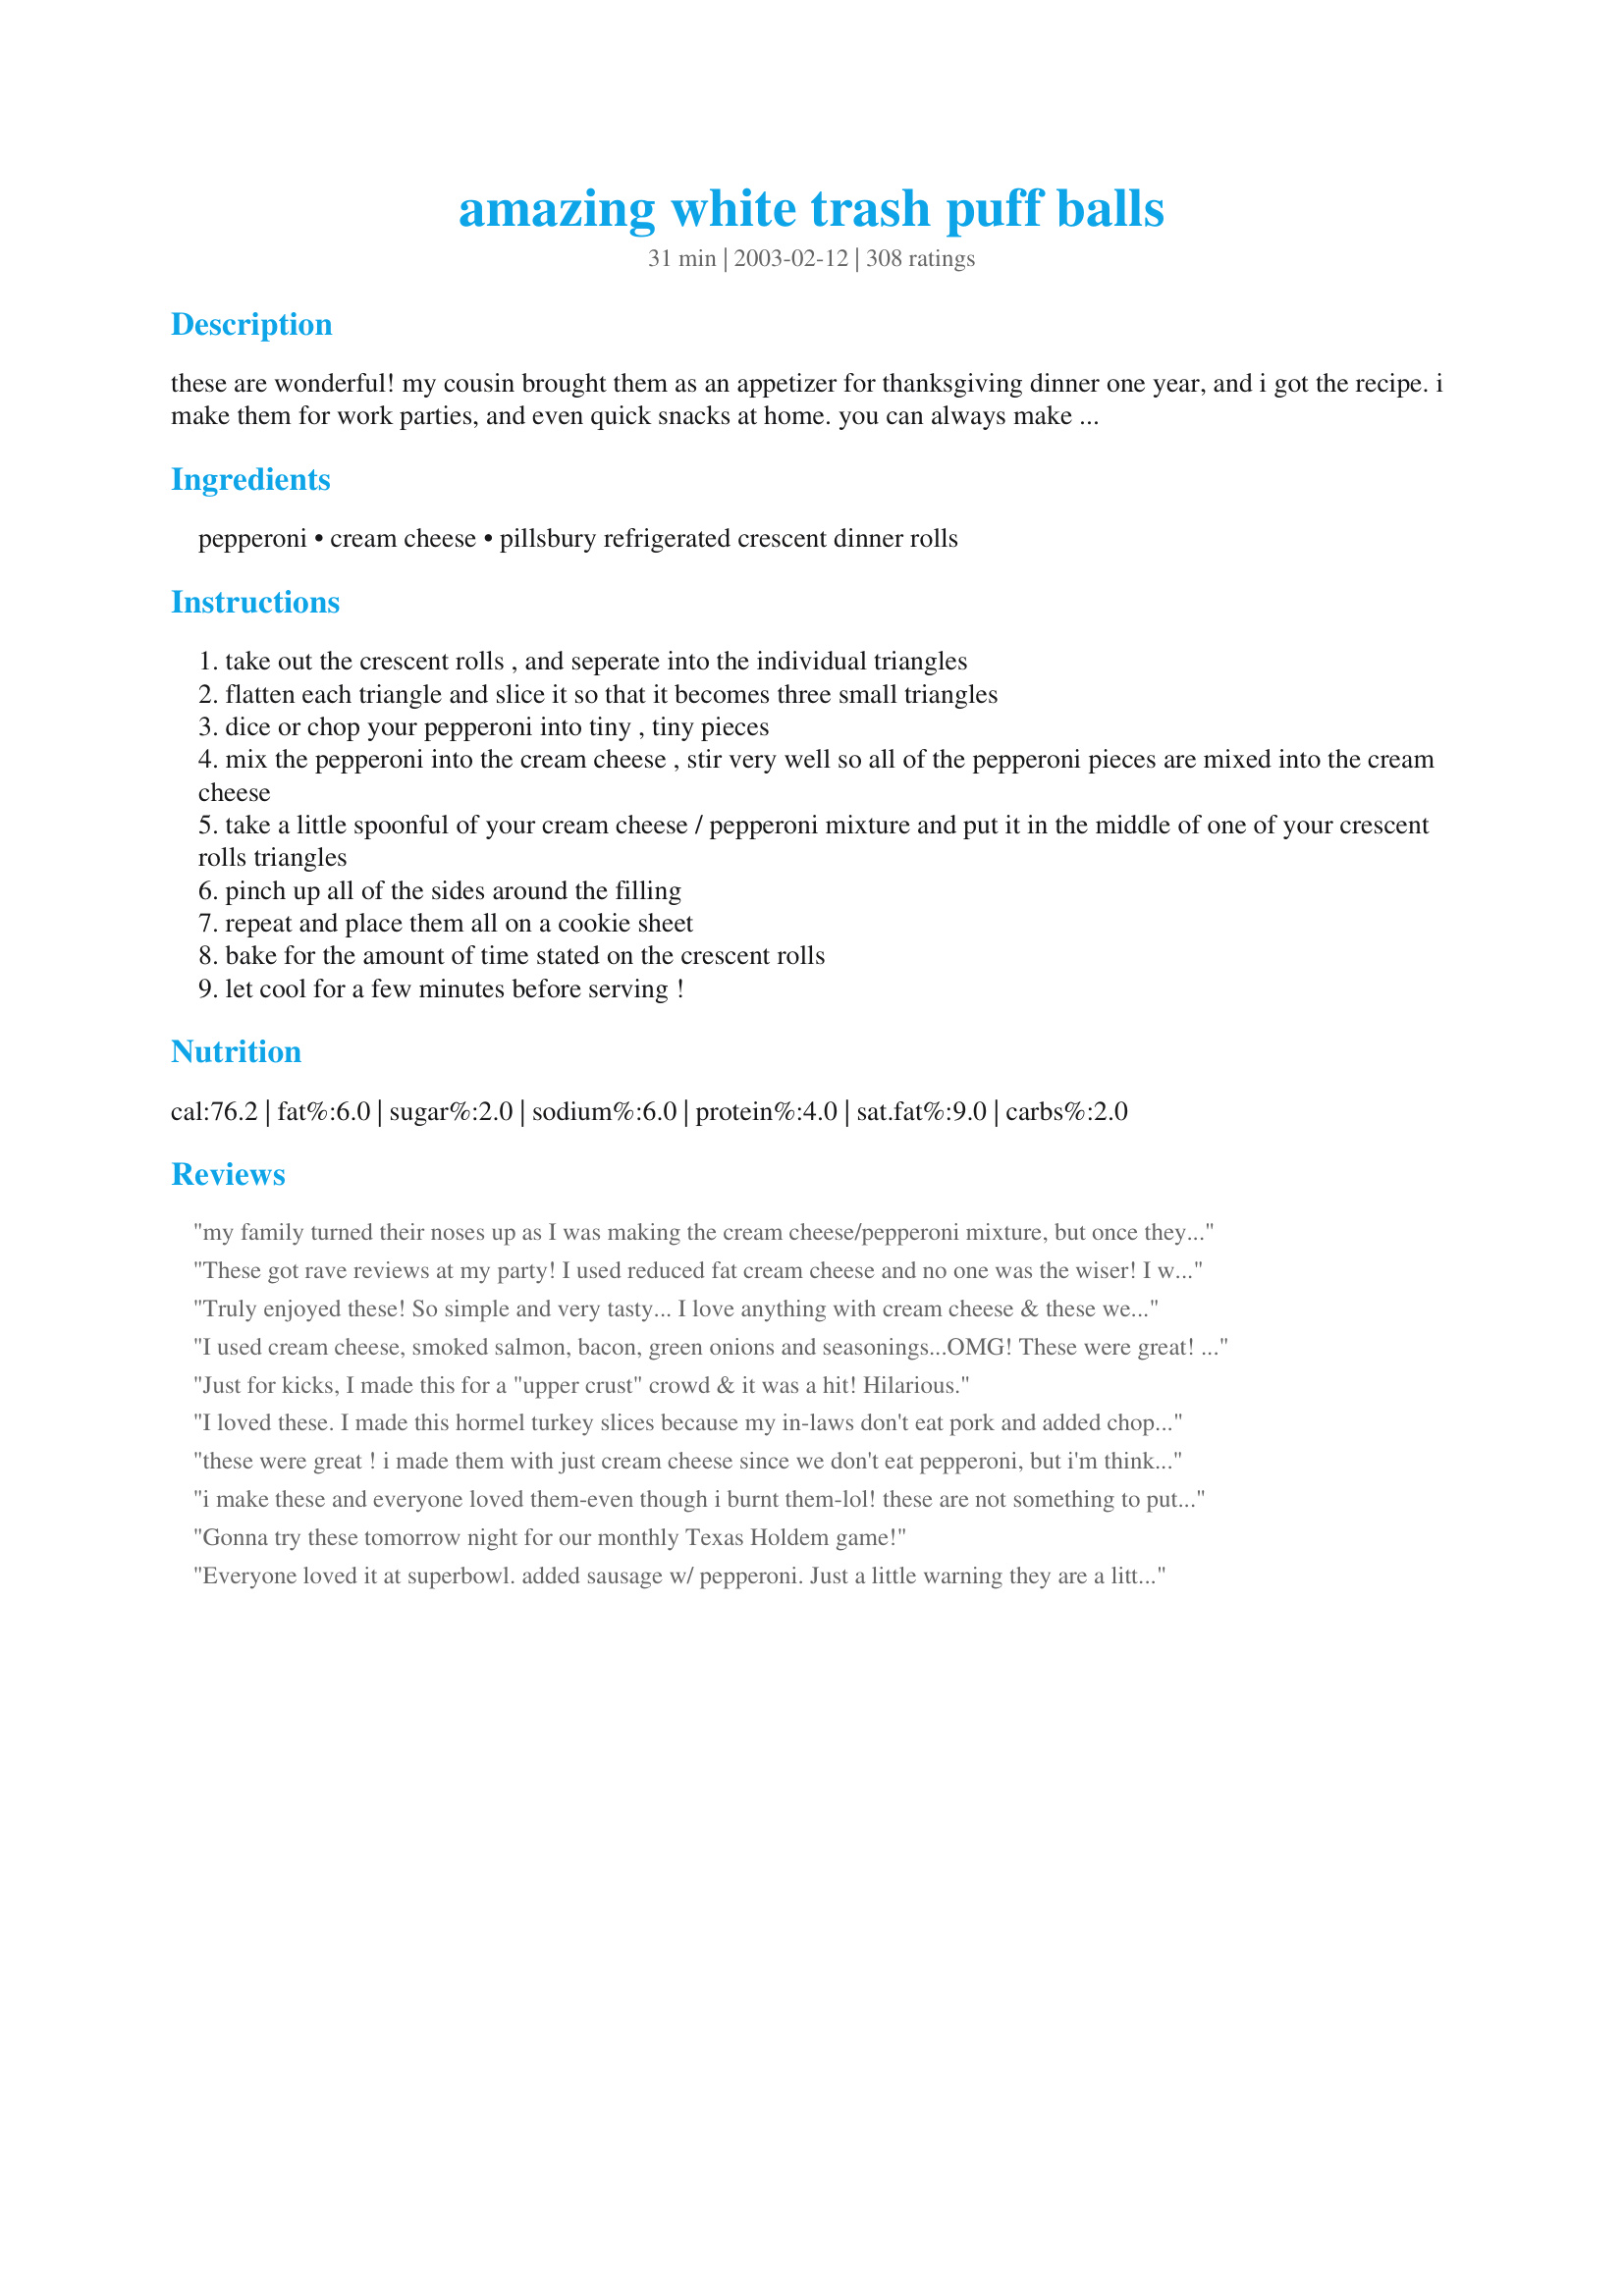
amazing white trash puff balls
Preparation time: 31 minutes

these are wonderful! my cousin brought them as an appetizer for thanksgiving dinner one year, and i got the recipe. i make them for work parties, and even quick snacks at home. you can always make more or less by using more or less cream cheese and crescent rolls! trust me, these are excellent!

Ingredients:
pepperoni, cream cheese, pillsbury refrigerated crescent dinner rolls

Steps:
take out the crescent rolls , and seperate into the individual triangles
flatten each triangle and slice it so that it becomes three small triangles
dice or chop your pepperoni into tiny , tiny pieces
mix the pepperoni into the cream cheese , stir very well so all of the pepperoni pieces are mixed into the cream cheese
take a little spoonful of your cream cheese / pepperoni mixture and put it in the middle of one of your crescent rolls triangles
pinch up all of the sides around the filling
repeat and place them all on a cookie sheet
bake for the amount of time stated on the crescent rolls
let cool for a few minutes before serving !

Reviews:
my family turned their noses up as I was making the cream cheese/pepperoni mixture, but once they came out of the oven, everyone loved them. Quick, easy and you can make them ahead of time.
These got rave reviews at my party! I used reduced fat cream cheese and no one was the wiser! I will say that they were a bit of a pain to put together (pretty time consuming) and I am not that patient so I didn&#039;t take enough time to make them pretty. But I would definitely make these again!
Truly enjoyed these! So simple and very tasty... I love anything with cream cheese & these were the best! I've made these a few times and they are always a big hit!
I used cream cheese, smoked salmon, bacon, green onions and seasonings...OMG! These were great! It&#039;s the perfect recipe to adapt to so many cuisines. Now I&#039;m thinking... Chinese bar-b-que pork, a dash of hoisin sauce, green onions might be my next try.
Just for kicks, I made this for a "upper crust" crowd & it was a hit! Hilarious.
I loved these. I made this hormel turkey slices because my in-laws don't eat pork and added chopped green onions, 1 green chili pepper, and minced garlic. They turned out really good. MAke sure and put alot of cream cheese in the dough and then stretch the dough around the cream cheese to get maximum flavor.
these were great ! i made them with just cream cheese since we don't eat pepperoni, but i'm thinking that next time i'm going to make them with crab rangoon stuffing instead and serve them with general tso's chicken's sauce ! yum...
i make these and everyone loved them-even though i burnt them-lol! these are not something to put in the oven while trying to get ready for a party-but the flavor is great!
Gonna try these tomorrow night for our monthly Texas Holdem game!
Everyone loved it at superbowl. added sausage w/ pepperoni. Just a little warning they are a little bit of a pain to make and once you make them you will be requested to make them every get together.
I made these for a "Wii" party. Fantastic!!! I made two different batches. One with the pepperoni and ther other with canadian bacon and pineapple. There was nothing left at the end of the night. I love them. You just can't eat one!! Thank you for sharing this recipe.
An excellent way to inadvertently eat a whole package of cream cheese. Addictive!
Outstanding finger food!My 3 grandsons and the grown kids were tempted to make these the complete meal! This will become a regular.
I liked these a lot! I used light cream cheese and they were delicious.
These were very good and definitely a good, easy party treat. I thought that they might have been a bit better with the addition of a bit of mozz instead of only the cream cheese. They seemed a tiny bit bland, but were very good still when dipped in marinara. The slight dry creaminess of the cream cheese reminded me a lot of ricotta. It could just be that I'm not a ricotta fan.
We liked it, but it seemed to miss something-- green onion or garlic perhaps? It is a good starting point and a possibility for a crab rangoon type of thing with a tweak of ingredients.
Absolutely awesome! I added some italian seasoning and garlic sauce. A huge hit -- thank you!!
Absolutely delicious!!!!!!! One of the best appetizers I've ever had.
This was a hit at my party!

I rolled them into balls instead of pinching the sides. I also made these the night before and popped them in the oven 10 minutes before the party started. Great recipe! this is a keeper!
I can't believe I haven't reviewed these yet. They are mind-numbingly easy to make and so yummy. I was making them at my annual beach trip with friends and one of the guys walked in and exclaimed, "Wait...you make those BY HAND?!?! I'm impressed!!" Apparently, he finds them to be so delicious that he thought I bought them in the freezer section. I've learned a couple things during the 10 times I've made these since finding this recipe: 1. Use a food processor to chop the pepperoni, it's so much easier. 2. You can actually cut the crescent triangles into fourths instead of thirds and get more pepperoni balls.<br/>Thanks so much for posting this recipe!!
Everyone loved. Easy and no effort. What a great combo!
These are awesome!!!! I made them for a party and they were gone within minutes. Everyone who has tried them has asked me for the recipe. The problem is once you start eating them you can't stop!
So easy and an instant hit when brought to a potluck today. I can't wait to try them with different ingredients to mix into the cream cheese. Excited to make them again for Superbowl Sunday.
OMG!!!!!!!!! These are crazy good! The bad part, and there is one, is that I may need to make another batch! I cannot stop picking on these. They are so easy to put together and let me tell anyone who is unsure, TRY THEM! This is a super duper winner in my book! Thank you Chef.<br/>UPDATE: Used this recipe again as it was requested by the family. However, did not have pepperoni on hand at brother's house so used ground Italian sausage, browned it up, let cool, break into very tiny pieces, and followed remainder of directions to a T. HELLO!!!!!!!!!! These are fabulous and now are requested as well. So 2 double batches to make this Christmas as Nephew (6'4"0 wants his own plate to take away. LOL
These were YUMMY! I rolled mine into small balls so that they were easier to pop in my mouth. I will definately be trying this again with different ingredients.
Update: I have made these twice for baby showers. Everything just disappears and the ladies can't believe how easy they are to make. Thanks again!
These are SO good! I usually double the recipe because they go so fast.
This will be a staple at all of our gatherings from now on..very easy and tasty...
I took the advice and made these according to the recipe adding some Italian spice & garlic powder. The kids really enjoyed them, but the adults thought they were just OK. I would probably make them again for a kid's sleepover, or perhaps fill them with ham and velveda as someone had suggested. They were very easy to make! Thanks for sharing.
I've taken them to Christmas parties, tailgating and when kid sitting...good all around!
I cannot wait to try these. I think that I am going to take a hint from Jaylee and instead of making triangles I will roll the crescent dough out all together into a rectangle and cut out rounds for muffin cups. Those are sooo cute. As a caterer, the presentation will be a huge hit before the first one leaves the platter. I am also thinking already of variations. bacon & scallions, any shellfish, sauted mushrooms & onions (drained & patted dry) with swiss, what fun, Thank you Ashley!!
I made these for the first time, brought them to a friends house and were devoured in minutes, my friend's husband said to make more next time.<br/>Its a fun and tasty recipe.
These are so easy to make! I actually made them "pinwheel" style because I was making another appetizer that way- they turned out very nicely and were a huge hit with everyone. I'm sure I'll be making them a lot! Thanks Ashley!
Like a few others, I followed the recipe exactly, and thought they could use some pizza sauce to dip them in. I took them for an office party and they went fast even without the dip. For a quick and little effort appetizer this gets a 10!
Definitely a hit with all the ones I made it for. Several times it was mentioned that these tasted really good! Suggestion with the Crescent Rolls though. I tried both kinds and the flaky kind seem to do better and come off the pan easier.
wasn't a favorite for me or the crowd I served them too. The pepperoni tasted too strong.
my 9 year old daughter helped me make these. They were wonderful. I would make these again and again and again. These would be great with her sleep overs with her friends. Thanks for the recipie.
super amazing! Everyone raved and they disappeared quickly. I brought them to a baby shower and will be making them again tomorrow for a church picnic because they are so easy and yummy!
made to bring to my moms on thanksgiving and they were a hit. everyone loved them and they were gone fast. they were so quick and easy to make. i will definatley be making them again.
My family loves these. Every family functions I am asked to make them. For Thanksgiving this year, I made the insides up a few days before Thanksgiving and did the baking right before we put the appetizers out.
These are pretty good. I made a variation on the bacon-wrapped jalapeno idea, and filled mine with 10 pieces of crumbled bacon, about 3 oz (from 4 oz can) diced jalapenos, and I used neufchatel cheese (low-fat cream cheese). I couldn't find the crescent roll tube size called for, but I got 48 (exactly, using all my filling) from two 8 oz crescent roll tubes, and I cut the rolls into 3 pieces each. This probably took me about the same amount of time as the bacon-wrapped jalapenos (although it was much cleaner), and it was nice to try a different variation of those. I can see using this idea with many other fillings too. Personally, I thought the bread part overpowered the filling part, but people at the party seemed to like them. Robust-tasting filling ingredients would work really good in this recipe, I think. Thanks for the idea.
This recipe was as good as others reviewed. It is a bit time consuming (cutting the cresent rolls into triangles and rolling them up), but the recipe turned out well and was very popular at our Super Bowl party. The recipe did not state exactly what size package of pepperoni to use--I used about 1/2 to 2/3 of an 8 oz. package, and this seemed to work well. As others have stated in their reviews, this recipe lends itself well to personal preferences and adaptations. It is a recipe I will make again for future events.
I was looking forward to trying these considering the 4 1/2+ stars over 243 ratings. I made half of the batch and it was all eaten, but the family and a friend only thought they were "okay". You couldn't taste the cream cheese, just the pepperoni. We also thought the "dough" should have been something more akin to pizza crust or a savory bread. I doubt if I'll waste the remaining tube of crescent rolls in order to use up the filling.
Awesome. Made these for a friend's baby shower and they were the first to go. I had several requests for the recipe. Too easy to prepare!
I made a half batch to use up some stuff I had in the house, and part of the cream cheese was chive flavored. So easy! Every one was devoured the night I made them (we had a huge spread for just the 4 of us, so this was the *only* item that was finished) and have gotten numerous requests since.
My husband and I did not care for these at all, sorry.
What caught me was the name, I had to know what they were. I was attending a Superbowl party at the home of my husband's co-worker. I needed something easy, that I knew the guys would like. I used Onion and Chive cream cheese, and made one batch with pepperoni and one with ham. They were FABULOUS!!! Mine was the only empty tray on the table!!! Thanks for this one, I will definately use it again!!!
They are very easy and my family loved them! Great finger food! I thought they were a tad bit bland but everyone else loved them! I will keep and make again! Thanks for sharing! :)
My niece really enjoyed these- I have been experimenting with recipezaar. Your appetizer is on top- I can see why: 1.) easy, 2.) tasty, 3.) the title! Great work.
These were pretty good but I agree with SweetJane...they need a dipping sauce.
Hubby gives these 3.5 stars, so we'll round up to 4. :) Easy to add the fillings you prefer. Not an "impressive" dish, but easy to make and a big hit with the kids. What more could you want?
Didn't want to beleive it-but totally true!!! These are so good....but beware, super easy to pop about 25 into your mouth!!!
These are really the ultimate blank canvas for appetizers. I used the garlic butter flavored cresent rolls and stirred in some shredded parm to the cheese mix. They were a big hit, the whole time I stuffing them in my face I was thinking of other stuffing add ins that would be good! (chopped bacon, green onions, cheddar, horseradish...
A party favorite and easy to make!
This was pretty good. A little worried when I was making them but they disappeared quick so I will make them again. Thank you!
I love this recipe! I made them twice this weekend for two different parties. Everyone gobbled them up. Thanks!!
easy and delicious! May try other combinations such as cheddar cheese and jalapenos or cream cheese with ham and green onion.
I brought these to a Super Bowl party and everybody loved them. I added chopped green onion to the cream cheese mixtureâ€¦ YUMM! It was a little tricky making the balls, but well worth it.
WOWOWOWOWOWOW!!!! These are phenomenal! I was skeptic at first, but these are soooooooooo good! I am taking these to a camping trip this weekend. I would definitely add some green onion next time - and trust me, there will be MANY more next times! These are a KEEPER! Thanks for posting!!
I thought these were really good. I added some italian seasoning and some garlic to the mix. They were really yummy. I am bringing these for a pre-Easter dinner snack. Yummy!!
I used my food processor for the pepperoni and I also added in some diced green onion, garlic powder and italian seasoning. I had a side of marinara sauce for dipping. I made this for my husband's birthday cookout and they were gone before I had a chance to try them! I will definitely be making again :) EVERYONE was talking about how good they were. Thanks for the EASY recipe!
These are GREAT! I made them for Super Bowl - 
I added chopped black olives and garlic powder to the pepperoni and cream cheese (which made it extra good)
Even my 2 yr old liked them.
Great appetizer, everyone loved them. The only app that was completely gone!!!! Everyone asked for the recipe and they loved how easy it was. I followed the recipe and they were fantastic. I did roll them into little balls because I found that easier. Ashley, thank you so much for posting this.
I have made these multiple times now with vegan pepperoni and garlic powder! I love it :)
Very flavorful and quite easy to assemble. Thanks for posting Ashley.
These are so addicting and so tasty! Everyone loved them and kept asing what was in them. We all got a kick out of the name too. Thanks for this quick and easy treat!
This dumb yum is my new favorite yum yum.
These were a hit! thank you!
These are so great for potluck. I also do a version with bacon and the chive&herb cream cheese!
These are excellent but they don't last long! Made them for my mom to take to a church dinner, they were gone by the time she had her turn in line. Tried them once with some finely chopped leftover ham, real good but the pepperoni adds the little "kick" that makes them even better. I will make these repeatedly!!
Very good, served to the family and they all loved them. I think next time I may even dip in ranch. Yum. Thanks.
I made these last night for a euchre party and they were a hit. I love how easy and quick they were to make. Thanks!
I made this exactly to the recipe. Excellent! The mini chopper worked perfectly on the pepperoni. Next time I'm going to play with the filling ingredients. I served them with spaghetti sauce for dipping and it was great! Thanks!

I am going to a party tomorrow and didn't want to show up empty-handed, so I made a "test" batch of these for myself last night. Needless to say, they disappeared in no time flat! The only change I made was to use a stick of pepperoni instead of slices, and dice it into tiny squares. A real keeper; I can't wait to see how my friends like them!
This was fabulous. We added some garlic powder and a little italian seasoning. I can't wait to try it with leftovers from the next pizza night. I made some of them a little bigger and they turned out great too.
Great appetizer. Very tasty and easy. I filled them with cream cheese, green onion and a bit of horseradish. Before baking, I sprinkle a bit more black pepper on top. Another time I used Cranberry/blue cheese. Another time sun dried tomatoes/parmesan.
Yum! I used the new mini-pepperoni from Hormel, and eliminated the chopping. Used onion and chive cream cheese, and everyone enjoyed them. Thanks for sharing!
These were really good for an appetizer! I had a little problem getting three triangles from from each large triangle, but I managed and once they baked up, they were fine anyways! I used my mini chopper to chop up the pepperoni too. Worked great. Love these! Thanks for sharing.
These were very good, although mine weren't exactly attractive. I may use the whole crescent triangle next time - just make them bigger. I did make Kittencal's pizza sauce for dipping. Yummy.
Really liked these! Easy to make - I shredded the pepperoni in my food processor, and used neuftachel cheese 'cause it's creamier. Baked for 10 min. at 375 and one recipe makes alot! Will make these again.
Made these according to the recipe using a 3.5 ounce package of pepperoni and 8 ounce cream cheese. DH and I found them to be extremely salty, but my 17 YO loved them and ate practically the whole pan by himself. I do plan to make these again adding chopped black olives and other suggested ingredients.
DELICIOUS IN MAH TUMMY!!!!!!!!!! if you dip these in pasta sauce they taste even better. coincidentally, they are also great for throwing at moving vehicles and watching them splat everywhere.
mwahahhahahahahahhahahaahahhahhhahahah.
>=D >=D
Ridiculously good and easy. I made them tonight with Cajun Dietz & Watson ham from the grocery store deli. Fantastic. I had read the other reviews and was a little concerned about finding the right combination of spices, flavors, etc. But buying Cajun ham already shaved into little bitty pieces took care of all spice needs plus eliminated the need to finely chop the pepperoni.
So now it's back to a 3 ingredient recipe! Thanks a lot for something so tasty and easy.
Easy and delicious. Couldn't ask for anything more, and they were eaten up very quickly at our 4th of July bbq. In the future I will probably mince the pepperoni in a food processor and then add the cream cheese at room temperature and mix to make the process even easier. Thanks again!
These are really easy to make and are very good! I used Turkey pepperoni and they came out great!
These are great everyone at the party loved them.
I have made this 3 times now since I found it on Zaar about 6 weeks ago. Everyone raves about it! It is so very easy to make. In fact, I will be making it again this weekend for football playoffs!
These were very good. The only problem is that everybody couldn't stop eating them. I have made this twice and they were the first things gone both times.
I was looking for something different & I came acroos this recipe. I had no problem making these. I made these for Christmas Eve & my family went CRAZY over these puffs. As a matter of fact my daughter was going to a New Years party & ask me if I would make the filling for & she took it to her party. She called me & said everyone loves them.
THANKS FOR A GREAT RECIPE & SOMETHING DIFFERENT!!
Delicious. Extremely easy to make, I could see where this would be a fun recipe to make with a younger child. They received rave reviews from my party guests, and I've been informed that I will be making them again soon.
I followed all advice but I made a few changes. These are terrific! 1. Add 2 tablespoons hot salsa to the pizza mix. 2. Add basil about 2 teaspoons. For the crab mix: 1. Add two tablespoons of Horse Radish spread, (by the Miracle whip). 2. Add garlic For both, brush tops with egg whites -- make them pretty! These freeze well, and are party hits both kinds.
I made these, ate some right away and froze some. They were good! If you plan on keeping them on hand in the freezer, bake them until they start to get brown and then you can reheat them (thawed) in the oven and finish baking them for the best texture. I microwaved frozen ones (half power to thaw, then on high until hot). I foresee making these regularly!
Gotta admit - these are yummy, addictive, and don't last long!
These were terrific. I made half a batch for a party and now can't wait to make the rest just for my family to eat. They were very easy to put together and there were none left on the plate. Next time I plan to experiment with other items to mix into the cream cheese.
I made this for Super Bowl Sunday. I used my food processor to chop the pepperoni and it worked great. Also used turkey pepperoni. I also heated marinara and served it on the side. It was a huge hit!
I must revise my previous review:
 I cannot tell you how good these really are! I have made them probably eight times since I found this recipe in October. No matter what party of event Im going to everyone loves them. My mini chopper does a great job of chopping the pepperoni and preventing carpel tunnel! I've been adding some Italian seasoning and a little garlic powder to them. I also use a block and half of cream cheese, and like an 8 oz package of pepperoni, because I like a lot of filling. The way mine get folded, the filling is not completely covered but they usually don't leak and if they do its no big deal. These are the best thing since sausage balls! THANK YOU!!
Made these a while back (Christmas before last), but I remember my family absolutely loved them! Great & simple little recipe. Thank you!
I just served these at a Christmas Eve open house and they were a huge hit! I sent three ladies home with the recipe.
Like everyone said, super easy and a total hit! Mine, too, disappeared withing a minute of pulling them from the oven. I used salami, feta, cream cheese, and green onion. Yum! Will try again, next time attempting an apple and cinnamon blend. :)
Very easy to make a head of time and tastes great. Enjoy!!!
these were good and w/very few ingredients i will for sure make them again! I served warm pizza sauce on the side for dipping and thought that made them even better. Thanks!
These are FANTASTIC :) So easy and sooooooo tasty. I did add fresh garlic and green onions to my mix , as some others had suggested. I then just tore off pieces of the rolls and wrapped them around the filling. Baked for 19 minutes as directed on the can. They came out nice and brown. Thanks so much Ashley for sharing such a GREAT recipe.
they were pretty good. I put the pepperoni in the food processor and used the electric mixer to blend it all together. The kids liked it to my hubby thought it was "too cheesy". I would probably make it for a potluck.
After spending one hour assembling these, then baking them, they turned out to be a huge flop. I followed the recipe and they are a total waste of time. They went into the garbage.
There's great potential in this recipe, but I wasn't much of a fan of it "as-is" - the pepperoni taste seemed to overpower everything else. It might be good with garlic and Italian seasoning added as another reviewer suggested. I also see lots of possibilities for variations - taco seasoning in the cream cheese and peppers instead of pepperoni, garlic and basil with broccoli and carrots...mmm...
I made these for a New Years party yesterday and while they were okay, I am not sure they are worth a five star rating. I dipped them in pizza sauce too... my husband ate them all, but he'll eat anything!! Sorry!
I have made these 4 times for four different social gatherings, and each time everyone is begging for the recipe. Super easy to make in the food processor, and I usually use hot and spicy pepperoni and add in a little green onion and pizza seasoning to kick it up a bit. Very good recipe!
AWESOME! AWESOME! AWESOME! I work at pizza hut so we had the pepperoni available, i used a pizza crust instead of the crescents, and added some chicken and Jalapeno... EVERYONE was raving about them. We were a little skeptical but im up to try just about anything. I'll be making these for an appetizer for several christmas parties coming up! EXTREMELY VERSITILE filling options, I cant wait to shake it up a bit, but I think pepperoni and jalapeno taste awesome in this!!!!
These were pretty good. I think I might have had a bigger package of pepperoni because it overpowered the cream cheese. All in all they were gone pretty fast. Thanks
I admit I made these with vegan cream cheese and vegan pepperoni, but they just had a dull & squishy taste & texture. Usually those two vegan substitutes work well for me, but this didn't suit my tastes. Perhaps a little marinara or olives or something a little more salty & spicy. They came together quickly and easily with little mess in the kitchen.
We just loved these!! I was only able to cut each crescent in half, but that's OK, I had two packages. The beauty of this is that you can get really creative. Next I'm going to try roast beef and blue cheese (w/ just a smattering of cream cheese to hold it together.) Thanks so much, looking forward to trying some really fun combinations.

This is my very first review . . . I thought I hit 5 STARS!
My family enjoyed these puff balls!
I think they would make good appetizers!
These were very good and satisfied my need for a kid friendly easy snack. I did, however, have a hard time mixing all that pepperoni with the cream cheese....maybe I did not let my cream cheese sit out long enough...I'm not sure! But the end result was GREAT...although i could probably work on making them a little prettier...the ones pictured here are MUCH prettier than mine were! Thanks, Ashley!
Took these to Superbowl Sunday, everyone loved em... I used 1 1/2 pkg cream cheese, garlic powder, onion powder, and fresh basil.
Lacked flavor SO my kids and I experimented and finally got the right combination of flavors and we renamed our new dish,.
Excellent recipe. I made 16 of them, DS and DH ate them all. I used turkey bacon, low fat Pillsbury Crescent roll and low fat cream cheese. They still taste very good.
DH suggested cooked scramble egg to put in mixture for breakfast! I might try it next time.
easiest party food ever! everyone loves them but MEN go crazy for them (my dh, brother, BIL, and dad were fighting for the last ones). dh prefers the original recipe but i recently made this with pepperoni, chopped spanish olives stuffed w/ pimento, and Italian seasoning - great combination. i don't pinch dough around filling. instead, i quickly roll the dough around the filling and make round balls; its faster and looks pretty on a nice plate.
I didn&#039;t have very high expectations of these but decided to give it a try anyway. I am so glad that I did. I added some chopped sweet mini peppers in the cream cheese filling. It tastes like mini pizza! So good and so easy! Thanks for the recipe.
I made these last night and had high hopes for success put DD and DH thought they were just OK. I think they are just getting picky. Thanks
Always a hit with everyone! If you haven&#039;t tried these yet, what are you waiting for? Super simple and quick to make. You can do any type of combination in them, but the pepperoni has always been a favorite of mine.
I made these lil suckers for a holiday get together and they were a hit!
I rolled them more into little balls instead of crescents. I also brushed them with a low fat mayo before cooking.
 Yes this is wonderful! Served it at a wedding and since this is the South everyone got a kick out of the name. This is a KEEPER.



A great party favourite. Easy to make and comes together fast. So simple yet one of those that your guests ask you for the recipe for. EDIT: After making these a few times with different adjustments I think I have finally made it my own. I found regular pepperoni and cream cheese a little bland so I decided to try it with those &quot;damn hot&quot; pepperoni sticks you get at the deli. I usually just make 1/2 a batch. I use 2 pepperoni sticks for 1/2 the recipe. I cut the sticks into 1 inch pieces and put them in my magic bullet to make the pieces small and then warm 1/2 brick of cream cheese in the microwave on high for 30 seconds to make it easier to mix. I then add the pepperoni and a couple shakes of garlic powder. I use grande size crescents and pinch the perforations together, cut the square in half and then cut those into about 1.5 inch sections. I put a small amount of the pepperoni on each piece of crescent (photos posted) and then put a small cube of garlic havarti in the centre. I wrap those into a ravioli shape and tuck the ends under and bake in a 375 oven for about 15 minutes. Now they are perfect bite size for entertaining. Yummy!
Just okay for us...
These tidbits were incredibly easy to make, and really yummy. I'm sure they are impossible to mess up. Next time, I want to try either a herbed cream cheese, or even goat cheese. Yum!
pepperoni and cream cheese are not orange. what else is in there?
I made these for an appetizer party and not a one was left over! I assembled them ahead of time and just baked at the party - so easy! Didn't change anything although we did have a conversation about what else could be added (chopped olives, green onions, etc.) just for fun, because they were great as posted. Will be making these again (and I LOVE the name!).
Good stuff! It was a hit with our Christmas Eve munchies!
This are a huge hit! I made them for New Years and they didn't last 30 min. Some people (poor hubby) didn't even get a chance to try them! It's OK though, I made a double batch today for our Ravens NFL game, so maybe he'll get one this time, just one though! lol Thanks for a keeper Ashley!!
I took these to a Christmas party, they were gone in an instant. Literally. Thanks for the great and easy recipe.
These were very good, but need a little something to them. Like others, I'll totally play with the ingredients. Maybe add some mushrooms or green onions. Also, not sure if the cream cheese is supposed to be really runny when you bite into the puff ball.
I made these for visiting relatives awhile ago and these appetizers disappeared quickly while we all laughed about the recipe name and ingredients. I used low fat crescents, low fat cream cheese, turkey pepperoni and added minced garlic and Italian seasoning. Thanks.
Love this recipe - super easy and makes the man happy! A+
I liked the filling but found the &quot;bread&quot; too soft. I&#039;d like to try again with a stiffer dough - like one for calzones.
YUM!!! These are SO easy and SO good! I've made them several times in the past couple months. Usually make just a few at a time (leave mixture in fridge) when I want a snack so they are always fresh and hot! Keeper!
Tasty, fast & easy...at first I found them to be ok, but once I dipped them in a pizza sauce, they were really great.Thanks
These are good. I made ahead and reheated in low oven--worked fine. Added garlic powder and italian seasoning like some suggested--better that way.
Great game day treat! I used bacon, pineapple and onion to fill mine! so yummmy!!!
These were good but seemed to be missing something...maybe garlic salt or parmesan?? Either way, very easy to throw together and could be outstanding with some tweaking!
So yummy! Made them for our New Years Eve party and none were left. I was asked for the recipe many times too. Simple to make, though a bit time consuming...but not overtly so. I added some garlic powder and thinly sliced green onion too. Definitely a keeper! Thanks!
I really didn't care for this recipe. First of all, flattening and cutting each crescent triangle into three triangles isn't exactly easy. Sealing them up once your filling is in isn't either. In the end, I just thought that they might have been too salty from the pepperoni, too cheesy from the cream cheese and too difficult to manage for the lack of flavor. Maybe if I try these again in the future, I will add 1/2 cup of marina to it to make them more like mini pizzas.
A crowd favorite!
MMmmmm...these were great, and so fast to make. I was determined to get a photo, but they went too fast. I served these with blue cheese dressing for a dip and they were great!
Thanks for sharing.
These are awesome! Never any leftovers, and everyone begs for the recipe!
Easy appetizer to make. Huge crowd pleaser.
Made these for our SuperBowl party. They were a big hit!
These were delightful little creations. I chose to make them with smoked salmon. I used Philadelphia onion and chive cream cheese, added some fresh lemon juice and a sprinkling of dill weed. They turned out great and were scarfed up in no time. Many requested the recipe. Thanks for posting Ashley!
Very good appetizer. I used extra cream cheese. I will use this recipe again. thanks
Love the idea of them, but they really did nothing for me. Way too salty, too much pepperoni. I might try them againi w/ith about half the amount of pepperoni. Sorry they just weren't very good.
Most of my guests found these to salty including me. 2 people loved them and ate a lot of them. They both use a lot of salt on their food. Will not make these again.
These were great! I used Philadelphia brand santa fe cream cheese...gave them a nice little kick!
These were fabulous! Thank you so much!
Made this for a family get together, and it was a huge hit. I just put the pepperoni in the food processor and chopped it up then added the cream cheese. Worked very well!!
These are fantastic! I made them for New Years and my guests just hovered around the dish eating them.
Deeeeelicious!!! Made them as a treat for dh and he loved them! Can't wait to make them for the next family gathering! Thank You Miss Ashley!!!
I had to add my review, although apparently unnecessary. I made mine with pepperoni and chives. Quite delicious! Everyone gobbled them up very fast! That's a good thing . . .less for me to fatten up on, because goodness knows I would definitely eat them all if they were available to me!
These are AWSOME!!! Everyone raved about them when I made them for new years eve!!! Best appitizer ever!!
Good standby, I think. Not really a WOW, but they did all get eaten over the day and that is saying alot for my picky family. I can see how different ingredients could be really fun with this technique. Thanks!
I took these to a party and mine was the only tray to be totally emptied! I added Italian seasoning, chopped green peppers, black olives and mushrooms to the filling. Served Pizza Sauce for dipping. BUT: I had so much trouble making small triangles that I made squares instead and they turned out great!
Easy to make. Very addictive. I will definitely make these again. Kids (3 and 5) didn't like it, but the adults did. :) 

I love making these! People love eating them and they really love the name for some strange reason. Anyway, I can only find 11.25 oz crescent rolls but they work just fine. Each crescent triangle yields 4 puff balls, I take a pound of bacon, brown it crispy, drain it, and then mix it with 8 ounces of cream cheese inn a food processor. The cut dough is easy to manage because the way I cut it; I scoop about a half teaspoon of cream cheese pulverized bacon mixture into the centre and try to fold all the edges until I have a ballish ball. I drop each ball in an ungreased mini muffin tin well and bake for 12 minutes. Simple and fantastic!
How easy and fun are these!!!! I only cut each triangle in half, because at the time I couldn't figure out how to get 3 triangles out of 1. lol. I made sure to pinch the sides well and nothing oozed out. I baked them at a higher temperature because I had some chicken baking at the same time, and they came out beautifully. Perfect little side dish or great for a party! thanks for sharing!
They were ok
These were great! I never figured out eexactly how I wanted to roll them up so I ended up making them liik like a crescent roll, only filled with the yummy mixture. I am thinking of all kinds of variations, pepperoni and green onion I thing would be very good.
This is absolutely delicious. It is so easy to prepare and way more tasty than the effort it takes prepare it. I wind up eating half of it within 15 minutes. I highly recommend you try it. I added olives, italian seasoning but they are not necessary. The cream cheese and pepperoni combination is great!
We absolutely adore these! The runaway hit at Thanksgiving, they made another appearance just before Xmas, and for a dinner party after New Year's! The first time, we made them exactly as written, and then we played with them a bit - added some sundried tomatoes in oil and herbs and some italian seasoning. This just took things over the top! Thank you so much for a stupendous recipe!
These came together quickly and easily. I just didn't really care for the taste. I thought the filling could have used more flavor. If I try these again in the future, I will add marinara or something spicy. Thanks for posting.
I never thought Cream Cheese and pepperoni would taste good together but they do! These turned out great! YUM
Absolutely wonderful!! Once my kids (grown) got over laughing at the name, they couldn't stop eating them! Make sure you use plenty of cream cheese! Have made these three times and added too much pepperoni once -- they didn't turn out as great, but were still all eaten!
These were super simple and really delicious. It&#039;s also one of those things that can really lend itself to some creativity with a variety of ingredients. I will definitely make these again. Thanks for the recipe!
This was a huge hit at my mom&#039;s surprise party! I sprinkled a bit of parmesan cheese on top too. People were fighting over the last piece
I used two 8 oz. tubes of croissants and cut the triangles in two, as I found it difficult to wrap it if cut into thirds. I think this would be great if crab were used in place of the pepperoni.
I made these according to the recipe, but did add 1 tsp. Italian seasoning, and 1 tsp. parsley. I also sprinkled the top with parmesan cheese. I thought they were pretty good, and my husband and his family really loved them. Pepperoni is not at the top of my list right now because I am pregnant and it smells bad. The version I just LOVED was chive and onion cream cheese, and ham....I ate all I made so I can't say how others feel about them. My husband said the house smelled good though....oink, oink. :)
I have made these for so many occasions. These are WONDERFUL! They are very easy to prepare and everyone loves them. My friend who is a gourmet cook, in every sense of the word, loves them as well, and thinks they would be even more fabulous by adding different ingredients to the cream cheese. Thank you so much for a fabulous recipe!
These were ok. Everyone ate them, but they didn't have a "wow" factor, so I didn't give it 5 stars. I may make them again, but I am not dyingn to (if that makes sense).
i added oragano to my cream cheese mixture it turned out pretty good, i don't think i cut the pepperoni small enough, make sure is is really small, mabey use magic bullet or somthing, and i found the cream cheese didn't melt enough so only put half a teaspoon of the mixture in each pouch.
Tasty, easy treat! Took a few shortcuts, and this is what I came up with. I unrolled the can of dough onto a baking sheet (did not separate the rolls), spread cream cheese on the dough, then sprinkled with a little Good Seasons Italian Seasoning Mix, layed the pepperoni slices on (didn't bother to chop), and rolled up the entire thing to make one GIANT crescent. Baked at 350 degrees F for about 20 minutes, until golden brown. Cooled for about five minutes then sliced and served with lasagna meal. Hubby and I give this a big thumbs up!!! Can't wait to try variations---will make this over and over again. Thank you!!!
Could you use sausage instead of pepperoni?
These were great tasting and very easy to make! They didn't last long at all and we had a lot of food. The only problem I had was rolling them in the crescent dinner roll dough. I am not a baker and never really used that product before. We ended up improvising a bit and they still looked good. We made these for a Christmas party and are making them again for New Year's. Thanks for the recipe!
Very easy to make and enjoyed by all at a Christmas party last night. Good warm or cold.
My husband is a fairly picky eater. He loved them and so did my son! These will definitely be kept in our recipe rotation!
Awesome. Added garlic powder and italian seasoning . . . the best and easy to make
These were very good I used minced ham and cream cheese with chive and onion. CAUTION!!!!I guess I did not wait long enough and burned the entire roof of my mouth. Will certainly make these again the possibilities are endless with this recipe thanks for the recipe.
I gave this a 4 because several people at our gatherings really liked them. I have made them twice. I would personally give them a 3, mostly because of lack of sophistication (hence the name, I guess!) I chopped the pepperoni in a food processer and then added the cream cheese. I like the idea of adding green onion and may try that next time. I also think that I will used the lower fat pepperoni next time since the "full fat" pepperoni made them a bit greasy. I think these would likely be a hit for Super Bowl or teen parties.
I made these for a Christmas party and they were a big hit! People were commenting on them and telling me how good they were without knowing I was the one who brought them. Then they asked for the recipe. I followed the recipe exactly, but did add dry pizza/pasta Italian seasoning (Spice Islands--comes in a grinder). One word of caution--I made one batch on a dark nonstick baking pan...and they burned on the bottom--badly enough so I couldn't serve them. But the batches on the regular stainless steel pan were fine at 11 minutes cooking time. Luckily I had bought an extra roll of crescent dough and had enough filling left over to make most of another batch. You'll probably have extra filling, too, as this recipe is several years old and Pillsbury now sells their crescent dough in 8 oz rolls, rather than the 10 1/8 oz the recipe calls for. So go ahead and buy 3 packages to use up all the filling. Can't wait to try some other fillings...the possibilities are endless. Overall, a great party pleaser with many happy diners!
Thanks for sharing this really great recipe! I added the following ingredients to what your recipe called for: Bacon- Cooked and crumbled (or cut) into very small pieces. Fresh Cilantro cut into small pieces. Crumbled Blue Cheese (feta would work also). My taste buds were in heaven. This is my new favorite appetizer.
Made these to take to a BBQ. They disappeared like magic. Easy, nice recipe.
I guess some people would like these, but my family didn't. The comment was to much cream cheese.
These were good but we also tried making them with pizza sauce, mozz, and pepperoni and they were great.
I fixed these for Mom's Night Out that I was hosting last night. Everyone loved them!!
With a name like this, I HAD to give them a try. Made them for Friday afternoon Happy Hour and the gals loved them. I barely got in the door with them. They lasted about a minute! Loved them & love the name. A keeper.
I would give it 3.5-4 really. Use a Magic Bullet or similar to really mince up the pepperoni. I added finely chopped scallions to it as well with garlic and pepper. I will definately make them again, but will try different things with the filling. Everyone sure ate them up at our get together last night for my husbands birthday. I made them earlier in the day and kept them in the fridge till the guests where ready to munch then baked what was needed as the party went on. I'm looking forward to giving them another couple of tries.
I chopped my pepperoni in my mini food processor and then added the cream cheese. This made prep so easy. Everyone loved these. I offered them on a simple appetizer buffet and pepperoni is a favorite with kids and adults, alike. Adding cream cheese and buttery pastry to the pepperoni makes these tops. Thanks for a recipe that everyone enjoys.
I made these this week for my bunko girls. The whole bowl was gone in no time.. And they wanted to know if I had more. They were good hot or cold.. so I think I have found a new tailgate food for football season !!
these were good, but i was just expecting them to be a little creamier. might have been my fault. will try making these aagain and will update.
These where just as the title says ..."amazing" we ate them all!
Did a vegetarian version w/o pepperoni, and still turned out delicious
Have made these a few times now and everybody loves them.
Silly me. I was hoping for Crab Rangon on a beer budget. One of my son's liked it though so maybe I might try it again??
These were amazing and so easy. I put the pepperoni in the food processor and added some garlic and Italian seasoning. I also made a batch of shredded chicken and ranch seasonings. Both were amazing! You could add a little sugar and cinnamon to some cream cheese and a little apple pie filling. You could even add some jam to the cream cheese. The ideas are limitless! This will be a go to from now on! Thank you!
Love this! I use Kielbasa suasages though because we always seem to have those on hand. I put the sausages in the food processor and then mix as usual with the cream cheese. There is no need for any additional herbs or spices unless you want to use parsley. All the spice is in the sausage and these are delicious. I recommend using neufachtel cheese as it is lower in fat since the sausages have a good bit of fat in them already. Great recipe idea! Thanks for posting.
Even though the name of these got turned around when I was asked the name(they were calling them White Trailer Trash Puff-Ups...lol They were gone quick!!
All I can say is I had a College Football party Saturday for about 15 people and I had to make them 3 times. Everyone loved them. THanks for sharing!
I could not believe how easy and delicious this recipe is. These have become the most requested appetizer that I make! Thanks!
These were great - had to make them just because of the name ! Great snack for watching football !
DH sayes MORE! I fixed these to take to an office pot luck but DH ate them all! I used my mini chopper to chop the pepperoni and mix in the cream cheese. Very quick! I didn't have any more of the Crescent Dinner Rolls but I fixed another batch with the pepperoni and cream cheese and spread it on slices of ham and smoked turkey and made roll ups. They went fast! 


how fun! light puffy bite size snacks. just be sure to "pinch" the ends (not just pat them) so they wont leak. i didn't like the pepperoni taste, but i couldn't stop eating 'um. i also did the prep on a sheet of waxed paper so cleanup was easy.
NEXT time, I won't use as much pepperoni (I didn't have Hormel, and I didn't know how much to use so I just minced a lot. There definitely needs to be more cream cheese to pepperoni (problably 2:1) to keep these moist enough.) But BF ate 'em all and liked 'em just fine. NEXT TIME. Thanks, Ashley. Everything taste better wrapped in a crescent roll!
The perfect simple and easy appetizer. Everyone was very impressed and they were all gone by the end of the event. I think one of the most important things is to make sure you cover as much of the filling as you can with the dough, otherwise the ones with more filling exposed didn't cook as well. Great recipe!
this is amazing, partly because it is so versatile! made them several times, once with garlic cream cheese and jalapenos, served with ranch dipping sauce, a second time with mozzarella and pepperoni, served with marinara. the possibilities are really endless! i usually sprinkle the packages with garlic powder before popping them in the oven. so fun!
I made these for the Super Bowl last night, and my husband proclaimed them "Awesome!" High praise indeed! Here's what I added: diced green onion, garlic powder, 2 handfuls pizza cheese mix, 1/4 cup tomato sauce. I also only sliced my crescent rolls into 2 pieces, so that they'd be more than a mouthful. Also, I had a leftover filling and a can of refrigerated GRAND's biscuits. I made a slice in the top of the biscuits, filled them with the filling mixture, and pinched them close. Baked as directed on the can. My husband can take those to work for a midday snack! Great recipe! Thanks, Ashley
I made these the night before. They worked GREAT! But I found that I only had one package of crescent rolls. So I used Pillsbury Grands instead! Cut um into thirds and did the same as the crescents. Worked just fine. Love the recipe!
These were great! The only thing was people tended to leave off them unless they were right out of the oven :)
These are very yummy!! Some of my guests referred to them as evil and couldn't stop eating them. I made them in a triangle and called them white trash wontons(had them at a party before that called them that). But these are really simple to make and a big hit! I will keep this recipe on hand for a quick and easy party pleaser. And I got all 48 out of the recipe no problem!
I made these for my super bowl party at the last minute. I used the garlic butter flavored crescent rolls and the chive/onion cream cheese. Every one at the party loved the little things, although I would probably go back to the original cream cheese flavor and add some grated cheddar cheese since they were too salty for my taste. Otherwise, very easy to make.
I found that these only needed to be cooked at 325 instead of 350 and they came out wonderful. My bible study group loved them.
delicioso.
Brought these to a playoff party with my husband by the time I arrived they were just about gone!
So easy too!
I made these with vegetarian pepperoni and they were a hit. I also made them with a feta/onion/spinach stuffing (I think someone else suggested that) and it was tasty, too. People really like saying "pass me those white trash puff balls".
yum yum very good
don&#039;t shred the pepperoni with a blender, cut them by hand instead so you can actually taste the cream cheese and the pepperoni. Not has amazing as everyone rooted about. they are ok and easy to make. like the concept and will try a spinach dip inside instead.
Easy to make. I couldn't manage to figure out how to make 3 triangle out of the crescent dough so just put two seams together to make a square and cut that in 4ths. Also made some using wonton wrappers. Dh and kids liked them.
OMG!!!! These were such a hit on poker night! I even took some to my boss, whom lives behind me, and she is begging for the recipe! So easy to make and so yum-o! Thanks so much!
These were "melt in your mouth" good!! I didn't get them off the cookie sheet fast enough. Great for times in a pinch.....thanks for sharing.
Go for the name, stay for the taste... I made these as a tease for someone, I was surprised. There will definitely be white trash at the next party...
AMAZING ! ! ! Way simple - I used a chunck salami and cut into 1/4" cubes. Experimented with several cresent roll recipes today and this is the easiest - and the best ! ! ! Great with cocktails or soda. There is one problem with them . . . they are so good, it's easy to fill before the main event.
Addictively yummy little buggers!! I needed to bake these at 375 to get them crispy enough, but that's probably my oven's fault. One of the great things about this recipe is that it inspires all kinds of creativity--bacon/ham/sausage instead of pepperoni, adding green onions/olives/hot peppers/fresh herbs, topping with seeds, etc., etc. I can't wait to make them again--at the last party a full platter was emptied in 10 minutes flat! Thanks Ashley!!
I served these for New Years Eve and they were devoured. I used Boar's Head Pepperoni and it was a little higher quality and it also had a nice spiciness.
The first time I made this I followed the recipe exactly, and they were just okay. This morning I wanted something quick and easy for brunch, so I tried a half batch of this with Canadian bacon instead of pepperoni. I also added 1/4 tsp each Italian seasoning and garlic. To make it super easy I just rolled the filling up in the cresent rolls. Turned out great; didn't even need a dipping sauce this time. Thanks for sharing.
I made this for a New Year's Eve party and they were the hit of the party. People kept asking me what was in them and they couldn't believe how simple it was. It took me about 30 minutes to prep them and then just about 11 minutes to bake. They were yummy and easy. I was told I have to bring them to every party now.
I was looking for something easy and yummy as an appetizer as this was a hit. The pepperoni was good, but the possibilities are endless as to what ingredients could go in this, I'm looking forward to experimenting with this dish.
I made this just trying to make something different for fight parties other than wings. I loved them
Everyone just loved these, and so easy to make! I cut each triangle into 4 pieces for slightly smaller bites, and used crumbled bacon instead of pepperoni. Since I went with bacon, I added some cheddar cheese and dried fried shallots and chives.
These were yummy, like little pizza flavored puff balls. I added a little green onion to the mix, they came out perfect. I like the suggestion of pineapple - gonna try that today!
Very good and easy. I made mine ahead of time and placed them on a cookie sheet in the refrigerator until a few minutes before I wanted to serve them. I also sprinkiled pizza seasoning on them before baking (comes in a grinder by McCormick). This is a keeper.
These were delicious! Made them for New Year's Eve and they were a hit....both for taste and for the name. LOL They wanted the recipe. LOL We dipped them in pizza sauce. I ended up using about 4 or 5 oz of a pepperoni stick chopped very small and 2 pkgs of cream cheese as there still seemed to be too much pepperoni in the mix with just the one pkg. I filled the balls quite full, stretching the dough around it. They still puffed up nicely. There was only a little bit left over. With that I am going to try it on some snack crackers.
Excellent! Made these for appetizer night while on vacation and everyone loved them! I will definitely be making these again! Thanks for a great recipe Ashley!
Very good & super easy to make! I used a mixture of 3 different spicy Italian sausages instead of the pepperoni. I also added in some fresh grated parmesan cheese & green onion. Next time I'm going to make them with a chunk of brie cheese & jalapeno pepper jelly in them to make them vegetarian.
These make great appetizers, and they are very quick and simple to make. They would also be good with other pizza ingredients, like mushrooms, sausage, peppers, etc. We dipped them in pizza sauce. Thanks for the recipe!
I made these with vegetarian pepperoni with great results. I added a tiny bit of chopped onion. They were tasty but a bit bland, maybe a touch of garlic next time. There will definately be a next time!
Made these for our family Christmas get together. BIG hit!!! Made the pepperoni ones...added green onion and a little garlic powder, but I also made some with a buffalo chicken filling that were awesome!!! I agree with one of the many reviews I read earlier...the possiblities are endless! Thanks so much for a great go to receipe!
Very good and easy. I added some italian spices to mine, and served them with Hunt's Traditional spaghetti sauce for dipping.

I would like the author to clarify the recipe as to how much pepperoni to use. My store sells Hormel pepperoni in 3.5 and 8 ounce packages. I used half the 8 ounce and it was good.
These were very good and rich. To the original recipe I added chopped sauteed onion & green pepper and baked 13 min. Must make sure to pinch the edges together, making sure not to let the filling touch the edges or they won't seal properly and might leak. But even if some leak, they still are very tasty.
these were very tasty! i think next time im gonna add some mozzerella to them, we dipped ours in warm pizza sauce. easy to make, easy to eat!
These are so easy and yet the hit of the party! I added finely chopped black olives to the mix and they were amazing.
These little puff balls are AWESOME! They are so quick and easy and everyone loves them! (the name is a big hit, too!) Thanks for such an easy appetizer!
This was delicious! I made them for NYE.. there were only four of us here and every single puff was gone! I sprinkled some garlic powder on the top of them before baking. So good.
I used this recipe for a potluck and I was immediately swarmed by the members of the party upon arrival! They were a huge hit! I added a teaspoon of red pepper flakes to give them a little extra "bite", and some oregano, and basil and they turned out great. I highly suggest cutting the pepperoni slices with scissors if you don't own a food processor (like me). It worked a lot better than using a knife. Thanks for the affordable and easy recipe Ashley!
Easy and yummy! I served them with a fra diavolo sauce for dipping. It was a hit!
Could this be any easier! I was so excited when I saw this recipe because I could add it to the I-really-don't-want-to-make-dinner-tonight collection. The only thing I did differently was I didn't bother trying to slice the triangles into three smaller ones. I just made big ones instead - which turned out great! I ended up making this for lunch for a few people and ended up making Mac & Cheese because I didn't think there'd be enough...was I wrong! I now will always have these ingredients on hand for when I get the cravings or when I'm feeling lazy.
This was rich! I used the Mini pepperoni. I worried that the filling would spill out, but it doesn't. I sprinkled with Italian Herbs before cooking.
YUM. No wonder all the great reviews. I tried some w/some ground beef instead of pepperoni (my niece doesn't like pepperoni and I had a small bit of cooked ground beef). Just added garlic powder and a little season salt. Very good. SOme liked the ground beef better. I thought the pepperoni ones were delish, esp. when warm still.
These were FANTASTIC and so easy to make. Brought these for potluck, and all my friends gobbled them up(even the ones that hate cream cheese)!
I really wanted to like these, but unfortunately, I ended up throwing most of them away on New Year's Eve. I felt the pepperoni was overpowering and the crescent dough almost tasted sweet with the filling. Sorry. :(
I have looked at these often but the ingrediants just did not look so good together....I finally gave in and made them for my sons' friends for a game night. I added fresh garlic and pizza seasoning from a grinder and oh my goodness! I am wondering if italian sausage would be as good? The kids are in heaven...now if I could slip something healthy into this it would be perfect:)
Made these for the big UM vs MSU game (that outcome wasn't so good) but these appetizers were a huge hit!! filling: cream cheese, pepperoni, green onion & mushroom, pepper & garlic powder. After filling, brushed tops with melted garlic butter & sprinkled with sesame seeds!! These baked @350 for 15 minutes. YUMM! Thanks for sharing
I&#039;ve made these a couple of times for different parties and they didn&#039;t go over well either time. I don&#039;t think I&#039;ll make them again. Sorry.
A simple and delicious recipe. I'll probably make them bigger next time. If you leave them covered they will get soft/soggy.
AMAZING! I have made this a few times once as it stated. I have also added mozzarella cheese, sausage, sauteed veggies, breakfast sausage it is always so good!
I just made this yesterday for a NYE party and it was a big hit! I too added italian seasoning and garlic into the cream cheese mix and I sprinkled garlic on the outside of the pastries before baking. I can totally see making this again and mixing up the ingredients. Thanks so much!
these are truly amazing! My teenager daughter makes them all the time now whenever there's a get together. Sometimes she makes them with pepperoni and taco sauce and sometimes with ham and pineapple, both are fantastic. Thanks for sharing this recipe.
Easy to make, great idea and good for doing something quick, but not a whole lot of flavor. I added the Italian seasoning and garlic powder as suggested, but at it's heart this is just pepperoni and cream cheese. When served hot the guests ate them, but once they cooled they were not touched. I can see where this idea can lead to some really good ideas, but the cool, congealed greasy pepperoni and cream cheese just didn't appeal to anyone. I don't suggest this for parties where you can't constantly man the oven and serve them hot.
The best! I always get requests for these, so easy!
My kids loved these! Thank you for posting :)
These are Great! Very rich though. I did add some chopped green onions. The next time I make them I think I will try adding either some minced garlic or garlic powder and I think that I will also try it with some minced shrimp. Great for Superbowl snacks!!! Thanks for the super recipe!!!
Enticed by the title of this recipe, I made these for a recent party. Normally crescent rolls are not something I buy except when the kids beg for those weiner & cheese things. Having said that these things went off the table like a locomotive. People tried them because of their name and went back again till they were gone. Have made them again a couple of times ...the kids love them. But was contemplating making them with velveeta and spam to make them truly white trash puff balls...next time maybe...will let you know. Thanks for posting this fun recipe that continues to be topic of conversation at every gathering since!
The whole family loved it. I bought extra large crescents, but I'm not sure it's needed. I found the smaller the amount of dough used the nicer the taste. I used chopped black olives, green onions and smoked sausage (as I didn't have pepperoni, which I think would have been fantastic). I was a big hit watching the Super Bowl!!
I just made these for a b-day party this weekend and they got good reviews from all the people that tried them. Great finger food for parties!! Thank you.
These are wonderful! Thank you so much for the recipe. I doubled the recipe and took to a gathering and they were all gone in just a couple of hours. So quick and easy especially if you use your food processor to chop the pepperoni.
Three ingredients? It doesn't get much easier than this! The most difficult thing about this was cutting up the pepperoni. For this task, I used my kitchen scissors and it made the task much easier for me. Everyone loved it and a lot of them said that it reminded them of pizza. Thank you for posting this recipe! I'm sure that I'll be making this again soon!
These were really good! I took them to Bunco, and they went fast! I used bacon pieces instead of pepperoni, and they turned out great!
This recipe was ok, but needed some zip. If you are going to try it maybe add a dipping sauce like meat sauce or add something into the cream cheese/pepperoni mixture...maybe pineapple or bacon or even spices.
These were easy to make and went down VERY easy, I loved the pepperoni/cream cheese combo, I am not a big pepperoni fan so that says something. The only thing I may do different is add some hot sauce or cayenne or something for a little kick. These were a hit.
These are cute & yummy. Since I made my own crescent dough, I faced some challenges. I put the dough in the fridge overnight, and the next day, rolled it thin while cold. I wrestled with making various kinds of pockets, but ended up cutting with a 3" biscuit cutter and pushing into mini-muffin cups, and filling. They came out nicely (pic). In the future, I would change up the filling, too and maybe do one with ham, spring onions and gruyere mixed in the cream cheese, etc. Very nice!
These were [retty good and a nice simple superbowl snack that everyone liked, a good crowd pleaser.
We loved these!!!! I didn't cut up my crescents though. I just made them the regular size. I would have liked a little more pepperoni but I'm not quite sure I had the right amount to begin with (I just used what I had on hand) so I did not factor that into my rating. Thanks, Ashley for a great recipe!!
Prepared this for New Years Eve and it was a huge hit! Everyone was gone and everyone wanted the recipe!
Made these last night to sample. Wanted to make sure they would be okay if served at room temp. We are taking these to a valentines party. Three kids,Dh and I thought they were great hot out of the oven and even after sitting out for half an hour they were still amazing. Will definitely make these often.. I went by the other reviews and added Italian seasoning. I also used hormel naturals pepperoni that has no nitrates or nitrites. These are so good!
I love these. I take them to parties all the time. I stuff them with all sorts of yummy things. Easy and terrific!
These ARE amazing. Like a magic show trick, they were quickly disappearing! My husband came up to me and said, "I have good news and bad news about your new recipe. The good news is they are REALLY good, the bad news is, they are almost gone because I ate half of them already!" haha. I added little garlic powder and italian seasoning to mine and they were gone in the first 20 minutes of the party. Next time I'll have to make more of them. I also can't tell you how much I've been thinking of the endless possibilities that you could stuff these with! You just have to be a little creative! Awesome recipe. I know the rating wasn't needed, but just had to share!
these are fast and way easy to make, the kids love these
YUM YUM YUM...did I forget to mention YUM? I can't believe how tasty these are with just 3 simple ingredients. I ate some of them cold and they were still amazing.
These were a huge hit. Next time I might sprinkle garlic on it.. yumm
Really great, they are filling and even the guys gave them 5 stars! Thank you
These are so great and easy! My family loved them.
These were simple and went together quickly, with ingredients I normally have on hand. I shared them with friends and they agreed they were wonderful! Thanks for sharing Ashley Elles. I'll definitely be making these again!
All of my children loved this....THAT IS AMAZING, never happened before.
Thanks for a tasty snack!
This was fantastic! I made them for my super bowl party and they were the biggest hit there. They were gone fast! I even had the men asking me for the recipe! LOL. I would suggest getting 3 of the cresent rolls though if you are making for lots of people. I doubled the entire recipe for the party.
I actually haven't tried these yet, but I had a variation once with breakfast sausage called "dirty diapers" - hmm. They were very good though, and the pepperoni version is sounds good too. I plan on trying them very soon!
I followed VFP's advice, and used my food processor for chopping the pepperoni and then added the cream cheese. My 9 yo then helped me assemble these. Quick, easy and delish!
Since I usually have 2 out of the 3 ingredients I desided to try these out. I didn't have the pepperoni on hand...it's not my favorite thing...so I used what I had...a small jar of dried beef. I put it in my mini chopper and and shredded it very fine. The puff balls came out wonderful with the exception the filling was slightly salty...my fault I didn't rinse the dried beef before I chopped it. Actually would have been fine if I had doubled the recipe. Then I made them again and used a small can of imitation crab, a teaspoon of chopped garlic, 3green onions and a dash of worchestershire. Both times these little bites of joy disappeared almost as fast as they came out of the oven. They are on my Super Bowl refreshment list...maybe a triple batch. I am also thinking maybe a sweet puff ball...cream cheese and crushed pineapple that has been drained really well. Danzy
I thought these are a neat idea; however, I didn't care for the cream cheese consistency after baking. It almost "clumped" up. Next time I think I will just try mozzarella cheese and leave out the cream cheese all together. I do like the fact that this could be changed a million different ways, though.
Absolutely great for a party. I made them exactly like the recipe says and they got gobbled completely up.
We made these once before according to the recipe, and they were "ok", but not all that...not real fans of pepperoni here. This time we made them as directed but switched the filling to about equal amounts of minced smoked ham, shredded chedar, and soft cream cheese. They were a real hit, gone as soon as they came out of the oven! Be sure you get them nicely browned too!
I've made these three times now since Thanksgiving 2003 and they are definitely a hit every time. The original recipe doesn't need to be changed a bit, but if you're feeling creative the possibilities are indeed endless. Try putting some creamed horseradish in these, for one. Mmmm Don't worry about the leftovers 'cuz there never are any. I like to pinch them closed and roll them into little balls.
Served these to family members for an informal cocktail hour. They were easy to prepare, but we all felt they were a little bland. Next time, I think I'll add some feta cheese or maybe even a few drops of tabasco just to give them a little zip. Overall, a very nice recipe, though! And you can't beat the ease of preparation. I pulled these together in 15 minutes. Thanks for sharing!
Made these this weekend and to be honest, I was a little skeptical about the outcome. Oh my wasn't I surprised! These were really good and everyone at the party thought they were wonderful. They are a bit tricky to put together but worth the effort. Thanks for a new appetizer recipe.
Definitely a hearty appetizer that can really accentuate a spread. We spent out New Year's eating these, shrimp cocktail, salad, veggies, and were left feeling VERY full. You definitely don't need to dine on a main course after popping a few of these into your mouth! Thanks for the recipe, was a real hit. And so economical! Woohoo!
I also used the garlic butter crescents. My 3 year old could not stop eating these. I think he ate 10 or more. Lol.
Who would have thought these ingredients would go so well together? We had trouble assembling them to look like the ones in the picture, but that didn't make them any less delicious. In fact, even though there were only 5 of us, we had no leftovers...
This will be my go-to recipe for all parties! These are SO yummy!!
These were great, but how could something with the name "white trash" be anything but. They were quick and like someone else said, the ability to customize these is great, just like my doublewide tailer =). J/K
Tastes just like pepperoni bread - we loved them. Can't wait to try out different fillings. Mine did take longer than stated to get golden.
These were so good! I made them for a family party and no one could stop eating them! I'm making them again for a Christmas party. Thanks!
These are good & addictive. I split this recipe in half and then made 2 batches from that - 1 with the pepperoni and 1 without. I ate a whole batch myself. I used red. fat crescents & cream cheese and turkey pepperoni to cut back a little on the fat & calories. I can only imagine they would be even better if I had used the full-fat stuff. I was a tad lazy and didn't bother to chop up the pepperoni - just put it on top before I folded it up and it worked out fine and looked rather nice too. This will be one of those snacks/appetizers I make up when I need something quick - it was so easy. Love the name too :).
These were AMAZING (as the name implies)!! I served these at a group gathering and people scarfed these down. Easy to make, and super tasty. I did add a little dried basil & oregano to the filling mixture.
good idea. i tried the jalapeno/crm. cheese version and bf tried pepperoni/crm. chs. and the jalapenos. i am a vegetarian. i really wanted a sauce to dip these in. tried ranch. wasn't too great. if you have ever had the jalapeno popper dipping sauce from arbys i think this is what would be good, or something similar. would like to try with spinach and cheese.
These were great little appetizers! I added green onion to some and black olives to the rest. These disappeared quickly! Thanks!
I made these this weekend for a big family dinner and no one really liked them. They complained that there wasn't a lot of flavor. My hubby and I liked them so we will have them again but I will added some garlic and spices to give them more flavor. Thanks AshleyElles these were good!
